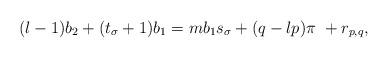
LaTeX: \begin{align*}(l-1)b_2+(t_\sigma +1)b_1=m b_1 s_\sigma +(q-lp)\pi\ + r_{p,q} ,\end{align*}